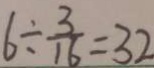
6 \div \frac { 3 } { 1 6 } = 3 2